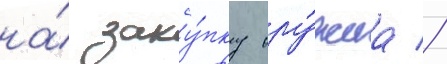
на́ заку́пку ору́жиа //